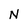
Character: N